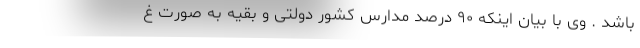
باشد . وی با بیان اینکه ۹۰ درصد مدارس کشور دولتی و بقیه به صورت غ